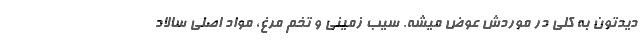
دیدتون به کلی در موردش عوض میشه. سیب زمینی و تخم مرغ، مواد اصلی سالاد